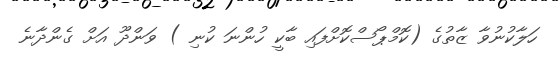
ހަލާކުނުވާ ޒާތުގެ (ކޮމްޕޯސްކޮށްފައި ބާކީ ހުންނަ ކުނި ) ވަންދޫ އަށް ގެންދާނެ